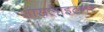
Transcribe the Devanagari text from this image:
शासलाइटनर